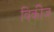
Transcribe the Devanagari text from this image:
विकीज